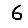
Digit: 6